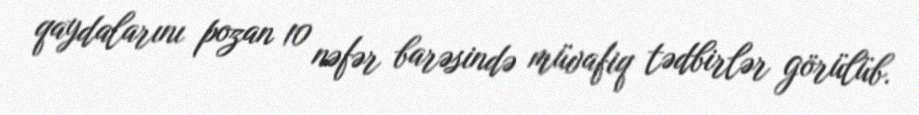
qaydalarını pozan 10 nəfər barəsində müvafiq tədbirlər görülüb.